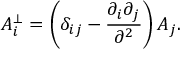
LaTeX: A _ { i } ^ { \bot } = \left( \delta _ { i j } - \frac { \partial _ { i } \partial _ { j } } { \partial ^ { 2 } } \right) A _ { j } .